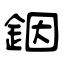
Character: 銦